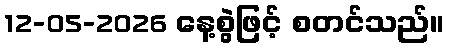
12-05-2026 နေ့စွဲဖြင့် စတင်သည်။